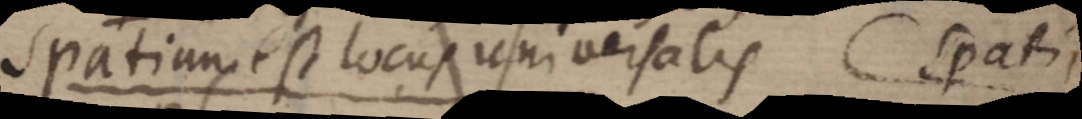
spatium est locus universalis Spatii